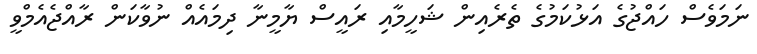
ނަމަވެސް ހައްޖުގެ އަޅުކަމުގެ ތެރެއިން ޝަހީމާއި ރައީސް ޔާމީނާ ދިމައެއް ނުވާކަން ރާއްޖެއެމްވީ